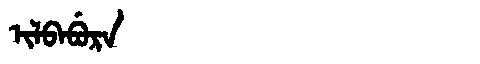
Manchu: ᡳᠯᠪᠠᠪᡠᡵᠠ
Romanization: ILBABURA